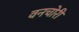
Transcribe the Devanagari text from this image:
वनचोरी